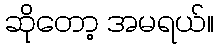
ဆိုတော့ အမရယ်။